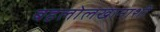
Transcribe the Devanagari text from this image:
बहलोलखानाशी